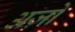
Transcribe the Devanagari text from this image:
अज़ो